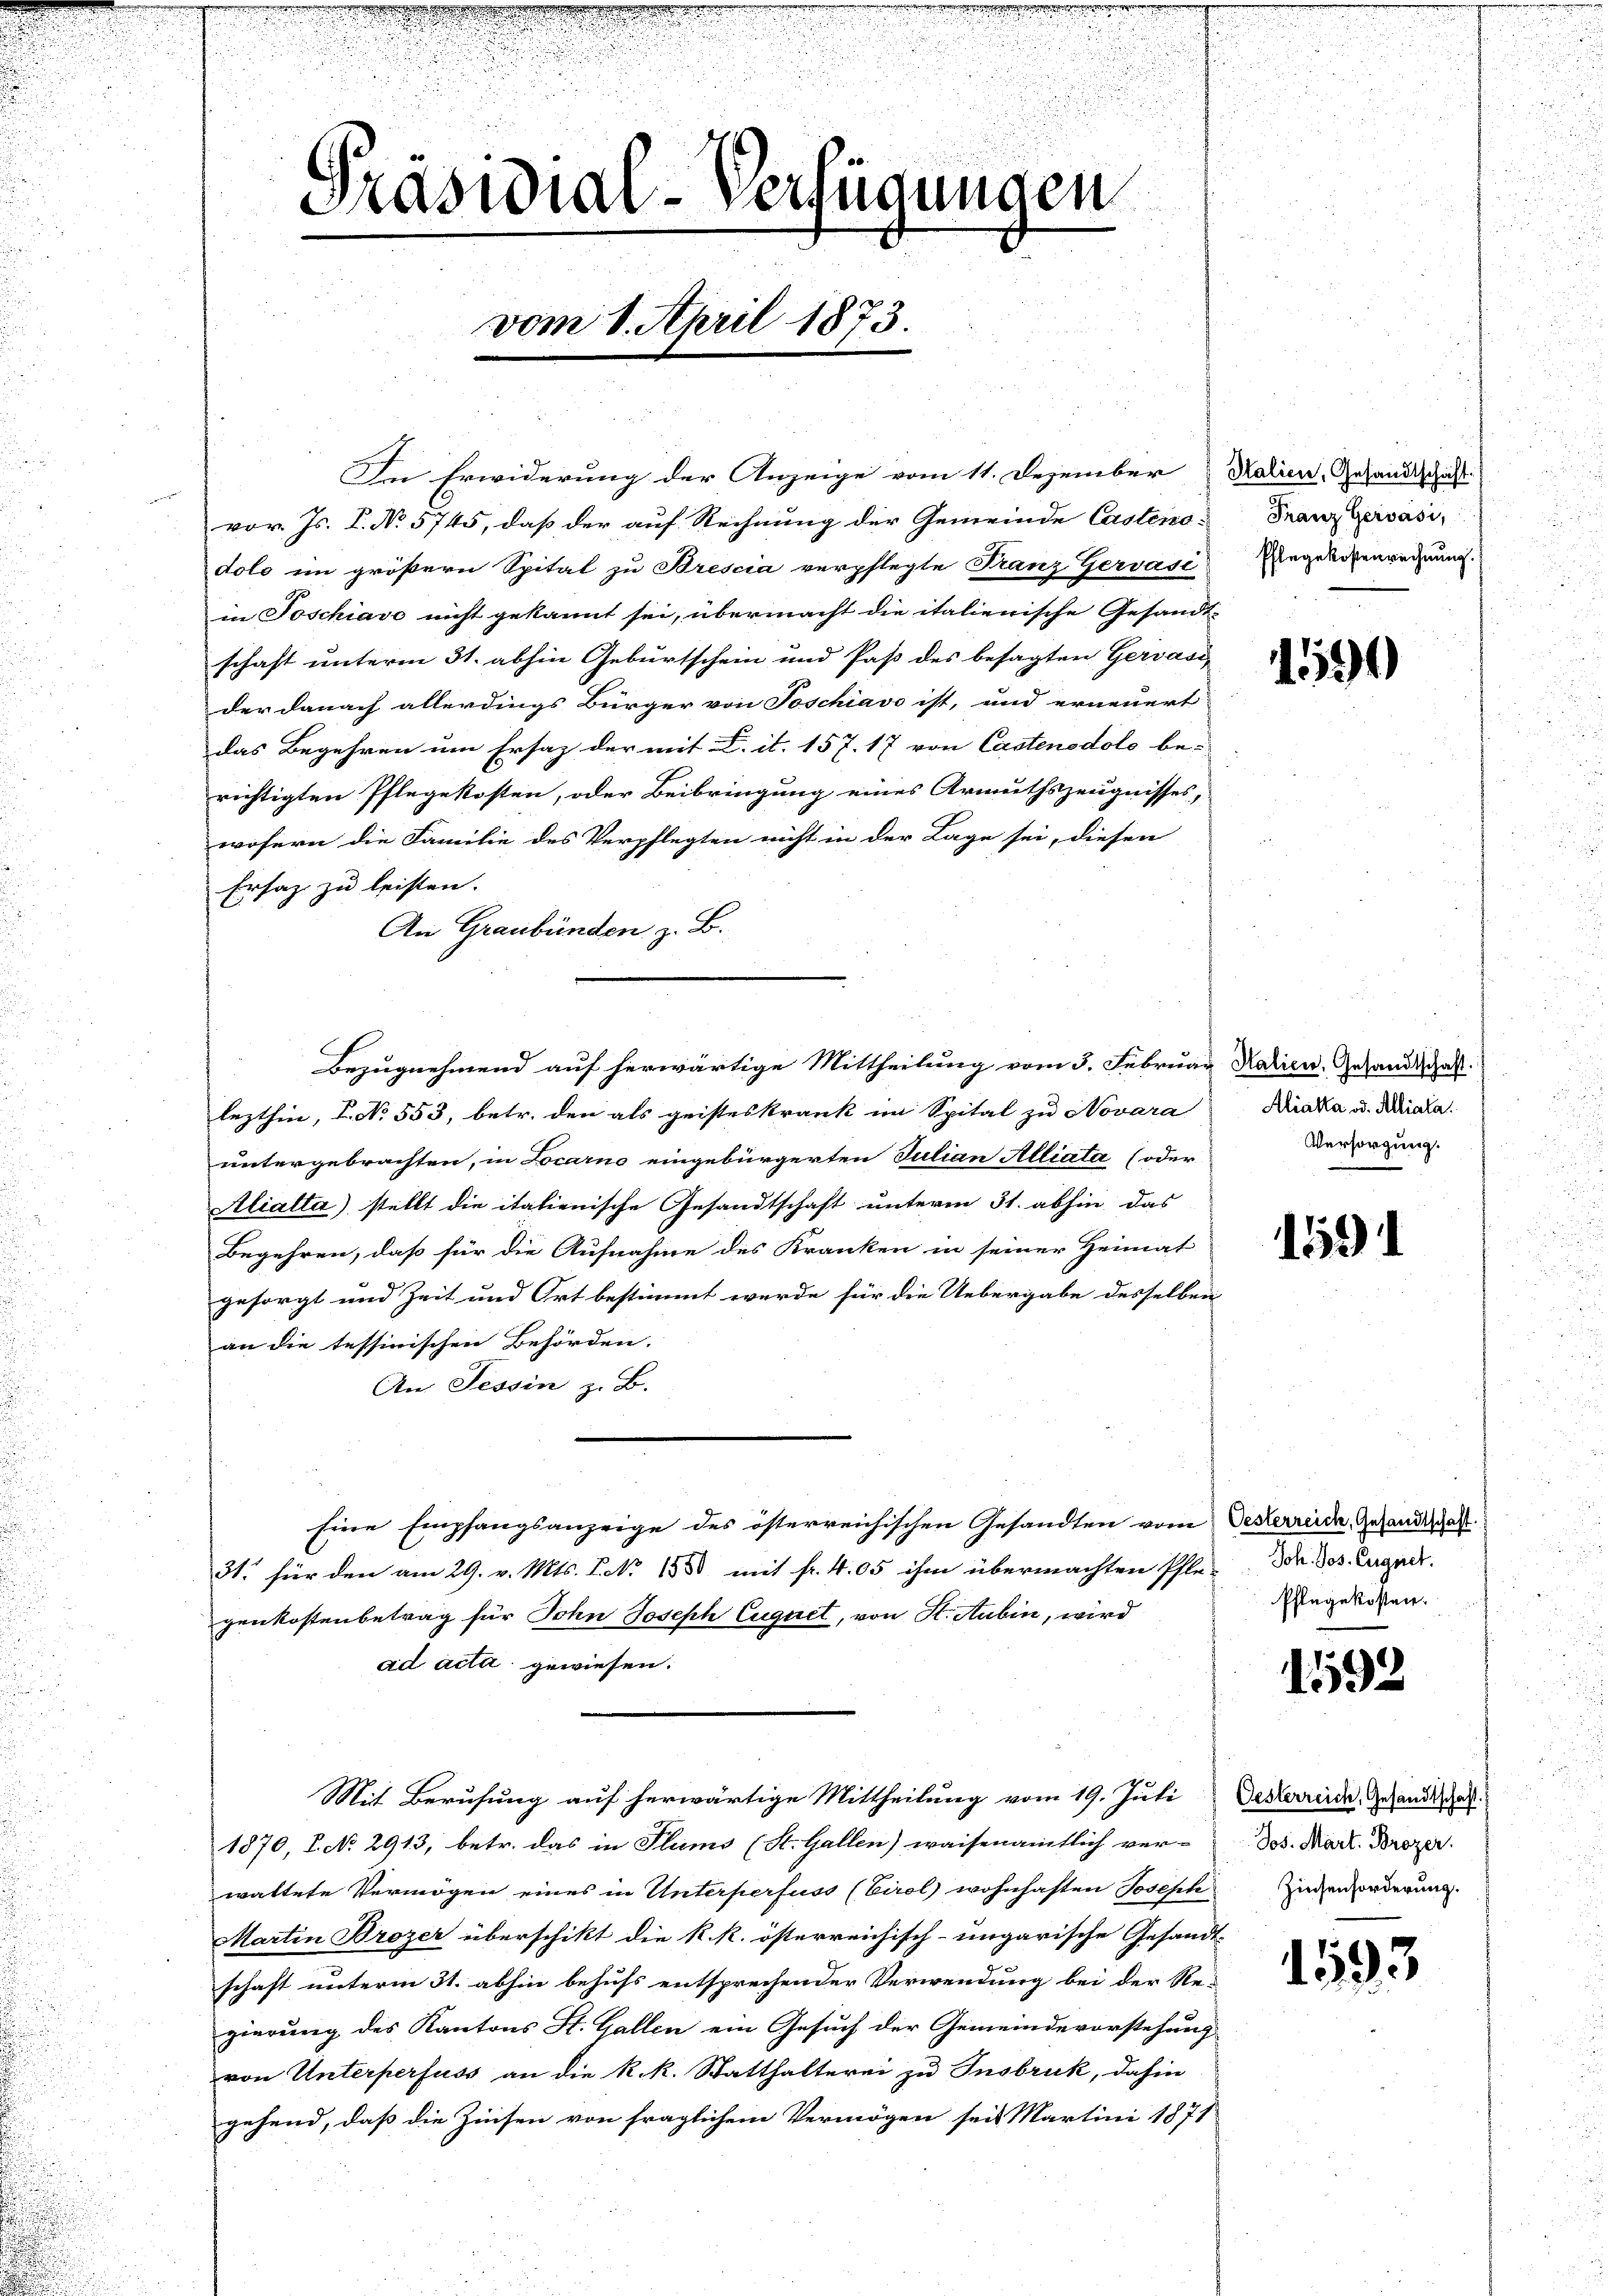
Präsidial-Verfügungen
vom 8. April 1873.

In Erwiderung der Anzeige vom 11. Dezember Kalien, Gesandtschaft
vor. Js. P. No 5745, daß der auf Rechnung der Gemeinde Castenodolo im größern Spital zu Brescia verpflegte Franz Gervasi
in Poschiavo nicht gekannt sei, übermacht die italienische Gesandt-
schaft unterm 31. abhin Geburtschein und Paß des besagten Gersasi
der danach allerdings Bürger von Soschiavo ist, und erneuert
das Begehren um Ersatz der mit L. it. 157. 17 von Castenodolo be-
richtigten Pflegekosten, oder Beibringung eines Armuthszeugnisses,
wofern die Familie des Verpflegten nicht in der Lage sei, diesen
Ersatz zu leisten.
An Graubünden z. B.
lezthin, L.N. 553, betr. den als geisteskrank im Spital zu Novara
untergebrachten, in Locarno eingebürgerten Julian Alliata (oder
Aliatta) stellt die italienische Gesandtschaft unterm 31. abhin das
Begehren, daß für die Aufnahme des Kranken in seiner Heimat
gesorgt und Zeit und Ort bestimmt werde für die Uebergabe desselben
an die tessinischen Behörden.
An Tessin z. B.
Eine Empfangsanzeige des österreichischen Gesandten vom Desterreich, Gesandtschaft
31. für den am 29. v. Mts. Bd. 1880 mit fr. 405 ihm übermachten Ehle. Da des Eugen.
genkostenbetrag für Sohn Joseph Euquet, von St. Aubin, wird
ad acta gewiesen.
Mit Berufung auf herwärtige Mittheilung vom 19. Juli
1870, P. No. 2913, betr. das in Plums (St. Gallen) waisenamtlich ver-
waltete Vermögen eines in Unterperfuss (Eirol wohnhaften Joseph Zinsenforderung
Martin Brozer überschikt die k. k. österreichisch-ungarische Gesandt-
schaft unterm 31. abhin behufs entsprechender Verwendung bei der Re-
gierung des Kantons St. Gallen ein Gesuch der Gemeindevorstehung
von Unterperfuss an die k.k. Statthalterei zu Insbruk, dahin
gehend, daß die Zinsen von fraglichem Vermögen seit Martini 1871

Bezugnehmend auf herwärtige Mittheilung vom 3. Februar Kalien. Gesandtschaft.

Franz Gervási,
Pflegekostenrechnung.

1590

Aliaka od. Alliala
Versorgung.

1591

Pflegekosten.

1592

Oesterreich, Gesandtschaft.
Jos. Mart. Brozer.

1593